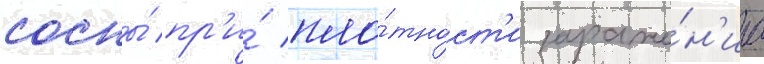
сосны́ пр'и́ пло́тност'и зараже́н'иа